Jaan_Tonisson_(Lasteleht), lk 418
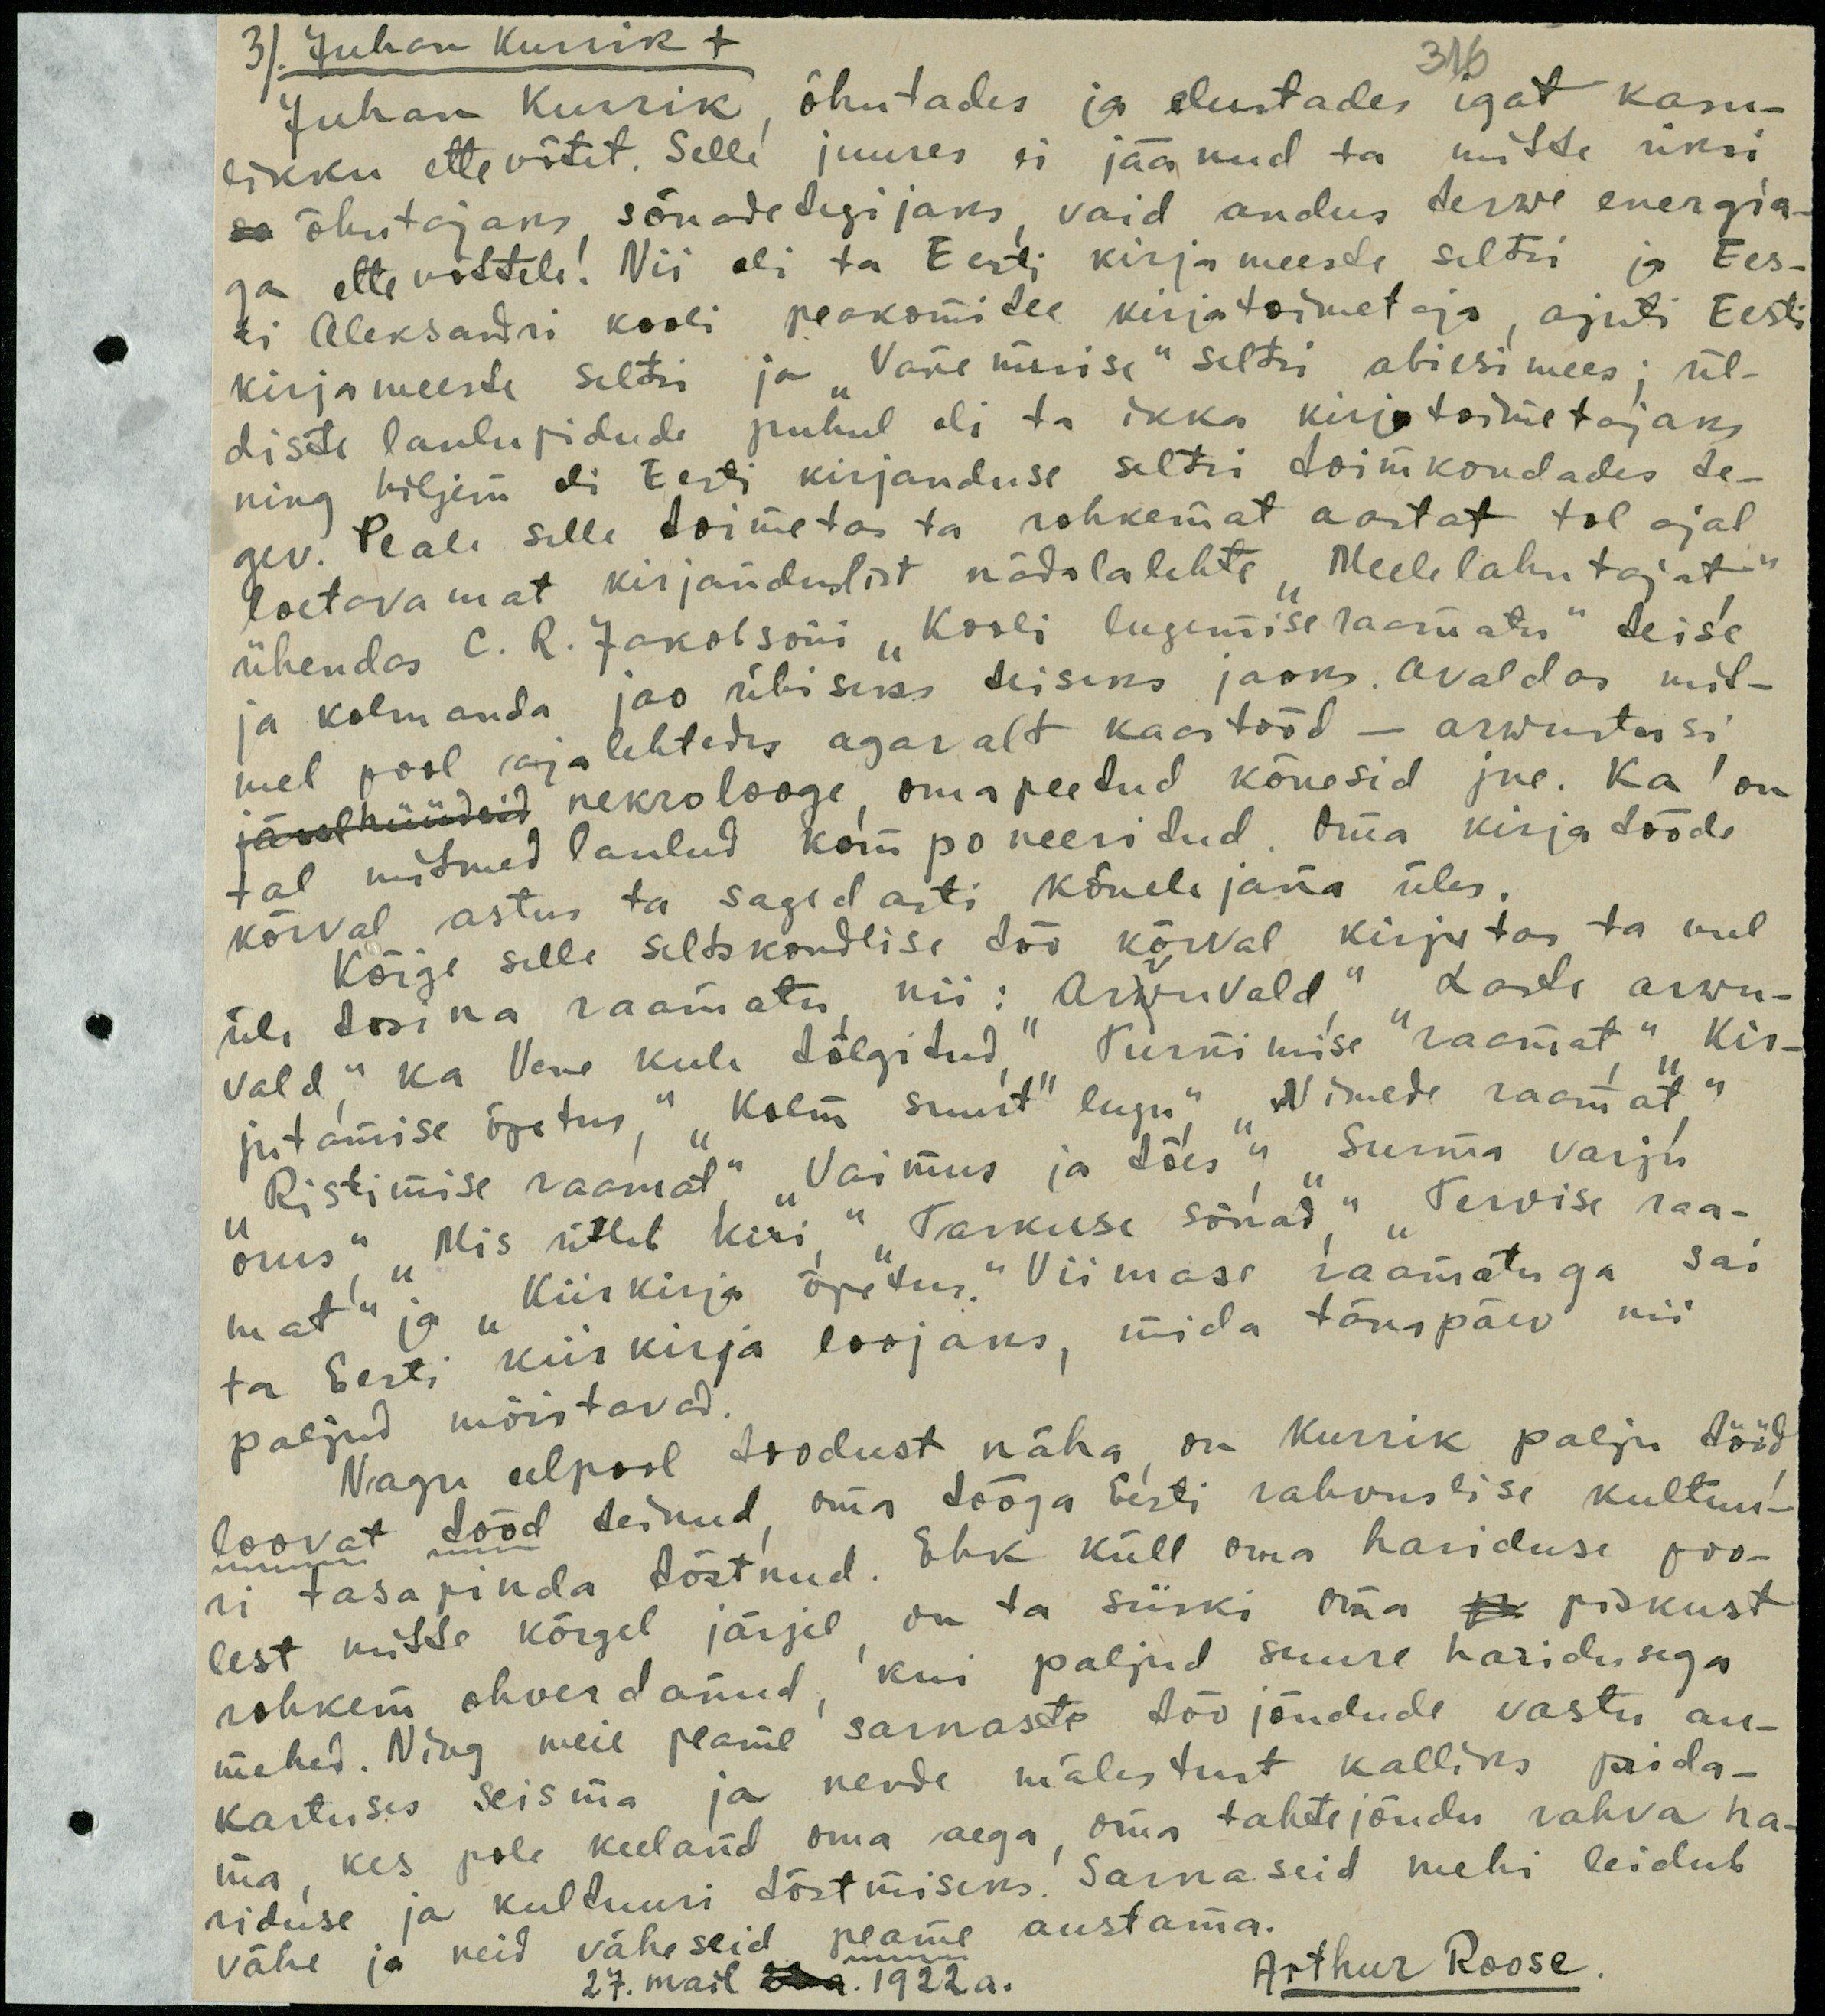
3. Juhan Kurrik +
316
Juhan Kurrik, õhutades ja elustades igat kasu-
likku ettevõtet. Selle juures ei jäänud ta mitte üksi
õhutajaks sõnadetegijaks, vaid andus terwe energia-
ga ettevõttele! Nii oli ta Eesti kirjameeste seltsi ja Ees-
ti Aleksandri kooli peakomitee kirjatoimetaja, ajuti Eesti
kirjameeste seltsi ja "Vanemuise" seltis abiesimees; ül-
diste laulupidude puhul oli ta ikka kirjatoimetajaks
ning hiljem oli Eesti kirjanduse seltsi toimkondades te-
gev Peale selle toimetas ta rohkemat aastat tol ajal
loetavamat kirjanduslist nädalalehte "Meelelahutajat"
ühendas C. R. Jakobsoni "Kooli lugemise raamatu" teise
ja kolmanda jao ühiseks teiseks jaoks. Avaldas mit-
mel pool ajalehtedes agaralt kaastööd - arwustusi
nekrolooge, oma peetud kõnesid jne. Ka on
tal mitmed laulud komponeeritud. Oma kirja tööde
kõrval astus ta sagedasti kõnelejana üles.
Kõige selle seltskondlise töö kõrval kirjutas ta veel
üle tosina raamatu nii: "Arvuvald", "Laste arwu-
vald" ka Vene keele tõlgitud."Turnimise raamat", "Kir-
jutamise õpetus", "Kolm suurt" lugu", "Nimede raamat",
"Ristimise raamat", "Vaimus ja tões", "Surma varju
orus", "Mis ütleb kiri", "Tarkuse sõnad", "Tervise raa-
mat" ja "Kiirkirja õpetus". Viimase raamatuga sai
ja Eesti kiirkirja loojaks, mida tänapäev nii
paljud mõistavad.
Nagu eelpool toodust näha, on Kurrik palju tööd
loovat tööd teinud, oma tööga Eesti rahvuslise kultuu-
ri tasapinda tõstnud. Ehk küll oma hariduse poo-
lest mitte kõrgel järjel on ta siiski oma ja piskust
rohkem ohverdanud, kui paljud suure haridusega
mehed. Ning meie peame sarnaste töö jõudude vastu au-
kartuses seisma ja nende mälestust kalliks pida-
ma, kes pole keeland oma aega, oma tahtejõudu rahva ha-
riduse ja kultuuri tõstmiseks. Sarnaseid mehi leidub
vähe ja neid väheseid peame austama.
27. mail 1922 a.
Arthur Roose